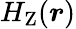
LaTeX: H_{\mathrm{{Z}}}({\boldsymbol{r}})